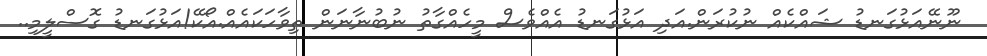
ނޫނޭއަޅުގަނޑު ޝައްކެއް ނުކުރަން.އަދި އަޅުގަނޑު އެއްވެސް މީހެއްގާތު ނުބުނާނަން ތިވާހަކައެއް.އޯކޭ!އަޅުގަނޑު ގޮސްލީމި..